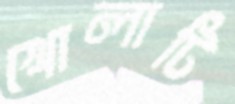
খোলাটি